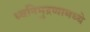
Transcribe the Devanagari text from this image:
ध्वनिमुद्रणामध्ये